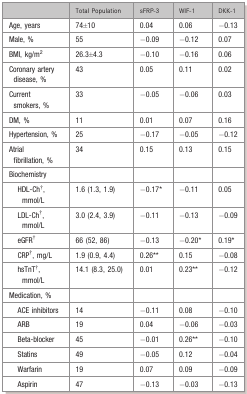
|  | Total Population | sFRP-3 | WIF-1 | DKK-1 |
 | --- | --- | --- | --- | --- |
 | Age, years | 74±10 | 0.04 | 0.06 | −0.13 |
 | Male, % | 55 | −0.09 | −0.12 | 0.07 |
 | BMI, kg/m2 | 26.3±4.3 | −0.10 | −0.16 | 0.06 |
 | Coronary artery disease, % | 43 | 0.05 | 0.11 | 0.02 |
 | Current smokers, % | 33 | −0.05 | −0.06 | 0.03 |
 | DM, % | 11 | 0.01 | 0.07 | 0.16 |
 | Hypertension, % | 25 | −0.17 | −0.05 | −0.12 |
 | Atrial fibrillation, % | 34 | 0.15 | 0.13 | 0.15 |
 | Biochemistry |  |  |  |  |
 | HDL-Ch†, mmol/L | 1.6 (1.3, 1.9) | −0.17* | −0.11 | 0.05 |
 | LDL-Ch†, mmol/L | 3.0 (2.4, 3.9) | −0.11 | −0.13 | −0.09 |
 | eGFR† | 66 (52, 86) | −0.13 | −0.20* | 0.19* |
 | CRP†, mg/L | 1.9 (0.9, 4.4) | 0.26** | 0.15 | −0.08 |
 | hsTnT†, mmol/L | 14.1 (8.3, 25.0) | 0.01 | 0.23** | −0.12 |
 | Medication, % |  |  |  |  |
 | ACE inhibitors | 14 | −0.11 | 0.08 | −0.10 |
 | ARB | 19 | 0.04 | −0.06 | −0.03 |
 | Beta-blocker | 45 | −0.01 | 0.26** | −0.10 |
 | Statins | 49 | −0.05 | 0.12 | −0.04 |
 | Warfarin | 19 | 0.07 | 0.09 | −0.09 |
 | Aspirin | 47 | −0.13 | −0.03 | −0.13 |